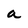
Character: a